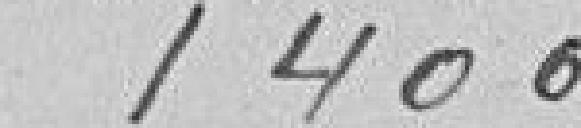
1400